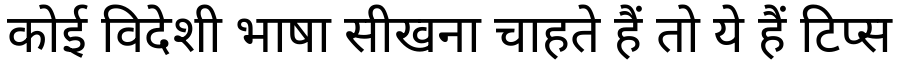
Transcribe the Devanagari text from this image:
कोई विदेशी भाषा सीखना चाहते हैं तो ये हैं टिप्स